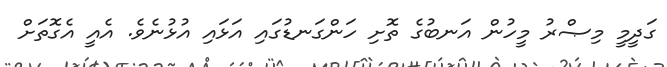
ގަދީމީ މިޞްރު މީހުން އަނބުގެ ތޮށި ހަންގަނޑުގައި އަޅައި އުޅުނެވެ. އެއީ އެގޮތަށް